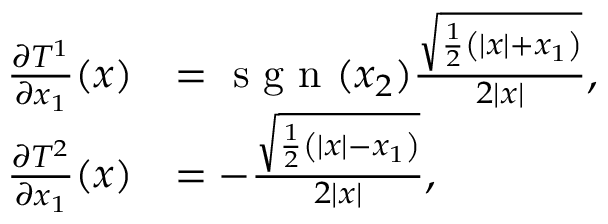
\begin{array} { r l } { \frac { \partial T ^ { 1 } } { \partial x _ { 1 } } ( x ) } & { = \textrm { s g n } ( x _ { 2 } ) \frac { \sqrt { \frac { 1 } { 2 } \left( | x | + x _ { 1 } \right) } } { 2 | x | } , } \\ { \frac { \partial T ^ { 2 } } { \partial x _ { 1 } } ( x ) } & { = - \frac { \sqrt { \frac { 1 } { 2 } \left( | x | - x _ { 1 } \right) } } { 2 | x | } , } \end{array}